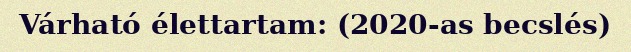
Várható élettartam: (2020-as becslés)